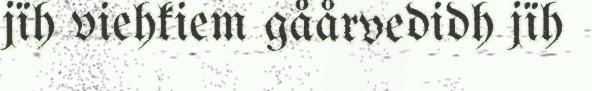
jïh viehkiem gåårvedidh jïh